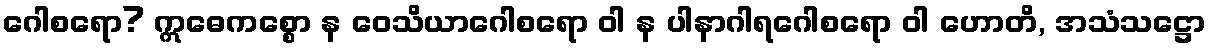
ဂေါစရော? ဣဓေကစ္စော န ဝေသိယာဂေါစရော ဝါ န ပါနာဂါရဂေါစရော ဝါ ဟောတိ, အသံသဋ္ဌော